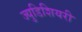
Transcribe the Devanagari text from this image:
ज्युडिशियरी